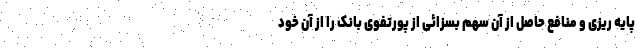
پایه ریزی و منافع حاصل از آن سهم بسزائی از پورتفوی بانک را از آن خود